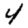
Digit: 4